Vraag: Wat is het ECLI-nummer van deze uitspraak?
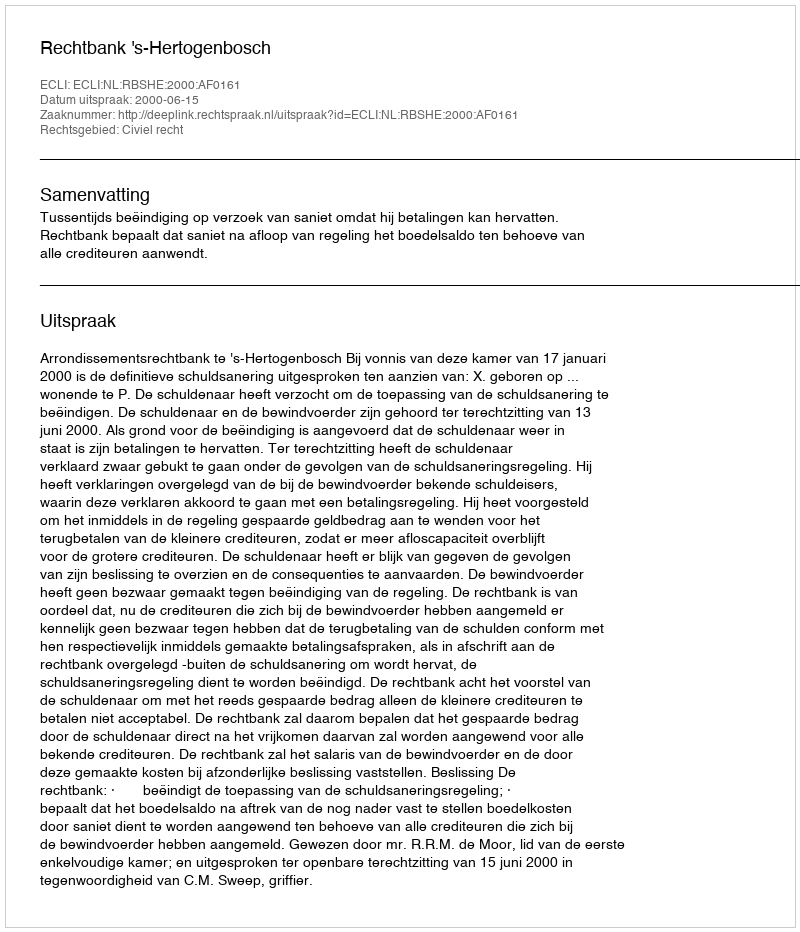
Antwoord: ECLI:NL:RBSHE:2000:AF0161